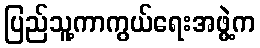
ပြည်သူ့ကာကွယ်ရေးအဖွဲ့က